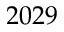
2 0 2 9